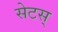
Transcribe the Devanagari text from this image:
सेटस्